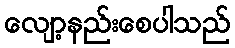
လျော့နည်းစေပါသည်